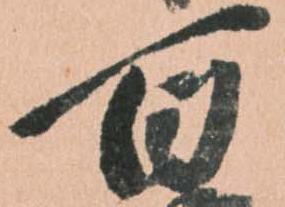
百